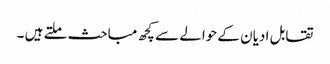
تقابل ادیان کے حوالے سے کچھ مباحث ملتے ہیں ۔